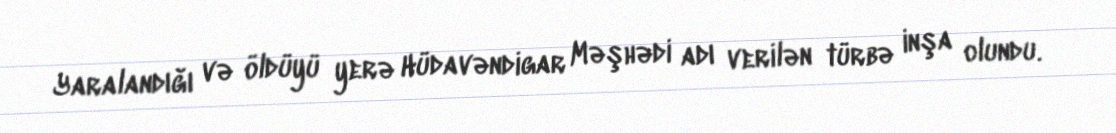
Yaralandığı və öldüyü yerə Hüdavəndigar Məşhədi adı verilən türbə inşa olundu.